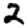
Digit: 2